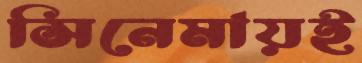
সিনেমায়ই